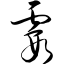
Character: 霞